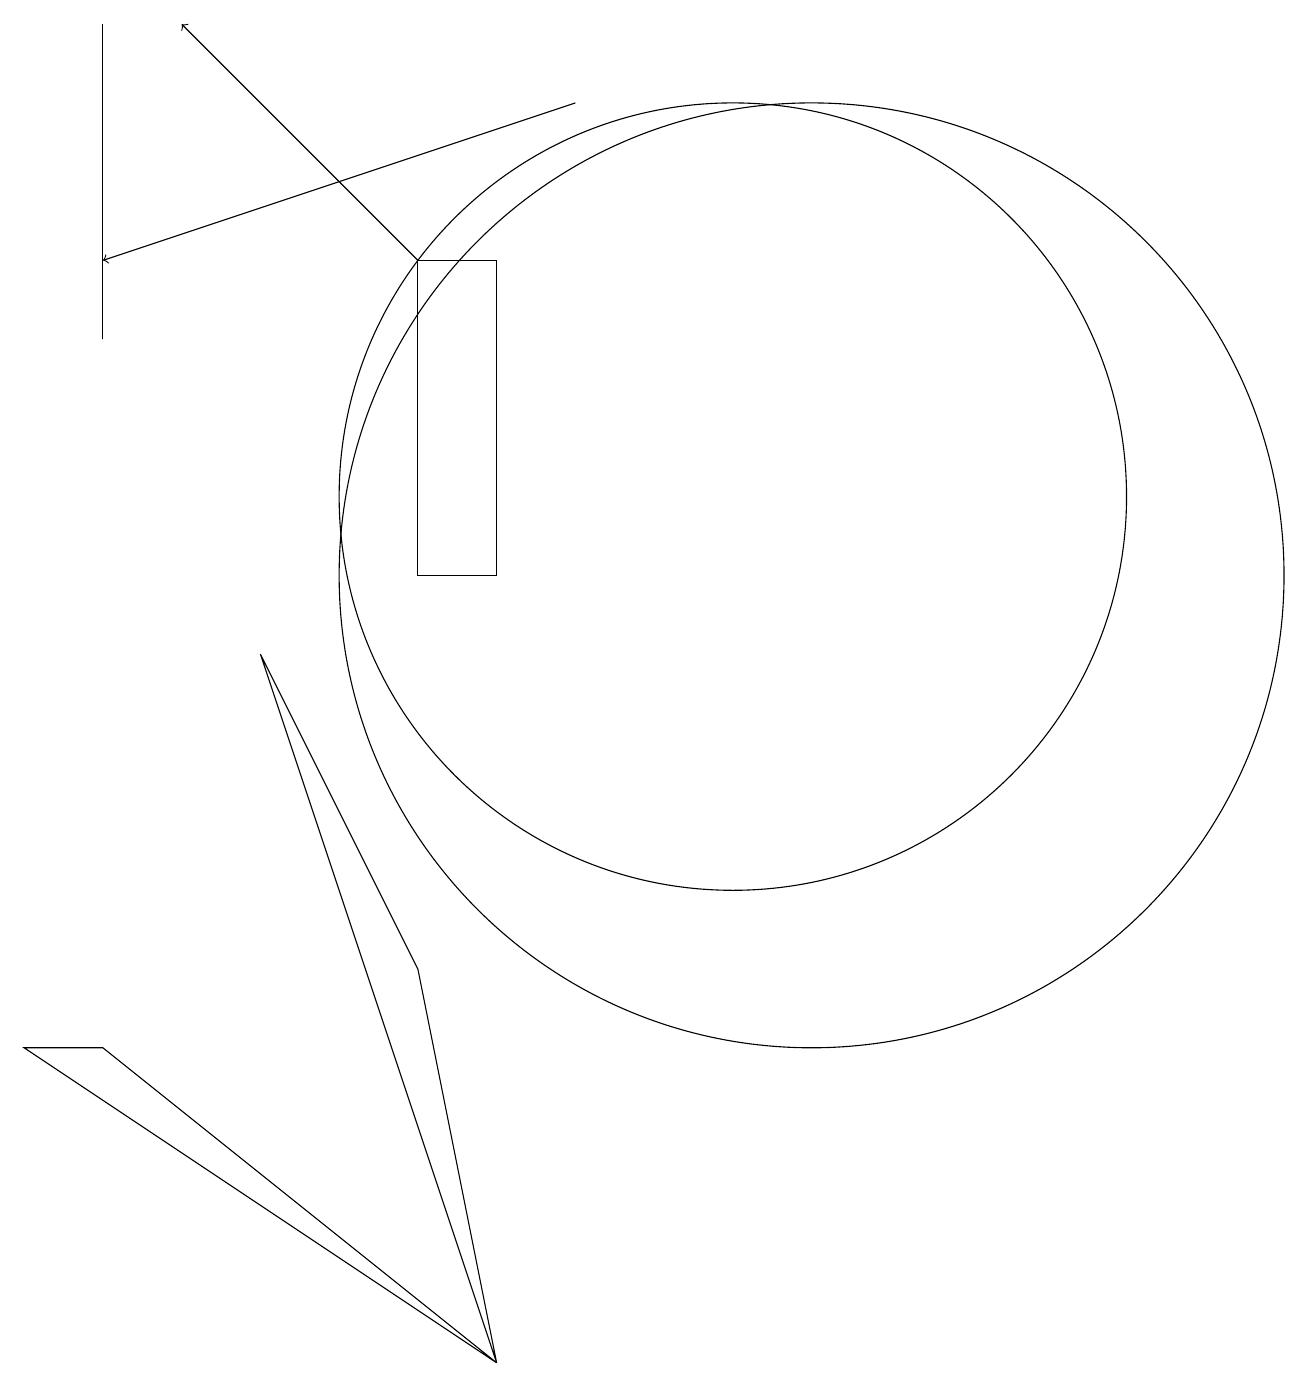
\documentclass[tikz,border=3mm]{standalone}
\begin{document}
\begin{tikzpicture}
\draw (11,11) circle (5);
\draw (12,10) circle (6);
\draw (8,10) rectangle (7,14);
\draw[->] (7,14) -- (4,17);
\draw[->] (9,16) -- (3,14);
\draw (8,0) -- (5,9) -- (7,5) -- cycle;
\draw (3,17) rectangle (3,13);
\draw (8,0) -- (3,4) -- (2,4) -- cycle;
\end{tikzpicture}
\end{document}